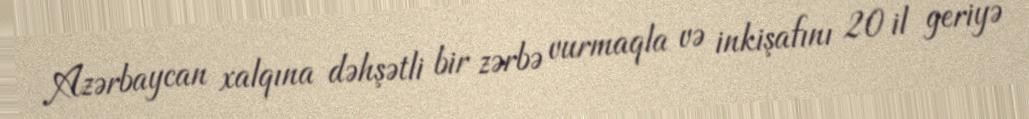
Azərbaycan xalqına dəhşətli bir zərbə vurmaqla və inkişafını 20 il geriyə